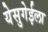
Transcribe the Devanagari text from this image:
येसुगेईला